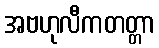
အဗဟုလီကတတ္တာ